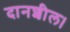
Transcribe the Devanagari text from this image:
दानशील।